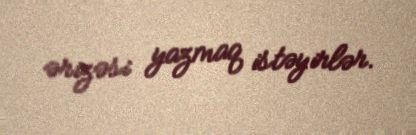
ərizəsi yazmaq istəyirlər.